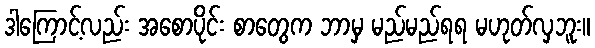
ဒါကြောင့်လည်း အစောပိုင်း စာတွေက ဘာမှ မည်မည်ရရ မဟုတ်လှဘူး။